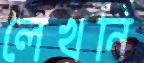
লেখনি